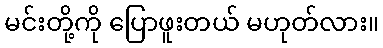
မင်းတို့ကို ပြောဖူးတယ် မဟုတ်လား။